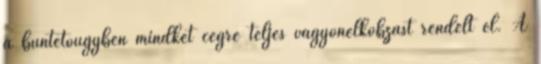
a büntetőügyben mindkét cégre teljes vagyonelkobzást rendelt el. A